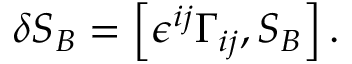
\delta S _ { B } = \left[ \epsilon ^ { i j } \Gamma _ { i j } , S _ { B } \right] .